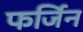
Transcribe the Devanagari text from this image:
फर्जिन